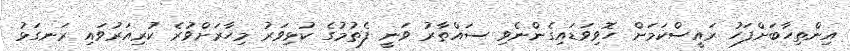
އިންތިހާބަށްފަހު ރައީސްކަމަށް ހޮވިވަޑައިގެންނެވި ސައްތާރު ވަނީ ފެތުމުގެ ކުޅިވަރު މިހާރަށްވުރެ ކުރިއަރުވައި ރަނގަޅު